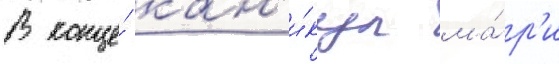
В конце́ кан'и́кул ма́р'и